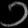
Digit: ၁